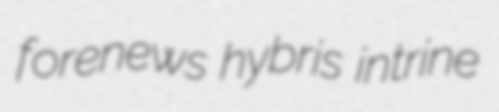
forenews hybris intrine